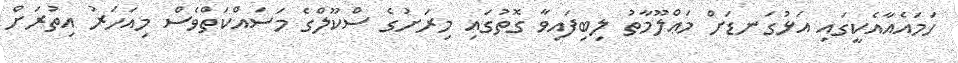
ހަމައެއާއެކީގައި އަޅުގަނޑަށް މަޢްލޫމާތު ލިބިފައިވާ ގޮތުގައި މިރަށުގެ ސްކޫލްގެ މަސައްކަތްވެސް މިއަހަރު އިތުރަށް